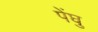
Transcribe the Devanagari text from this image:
पेंघु